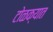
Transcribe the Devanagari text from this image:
टोळक्यात